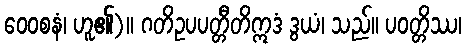
ဝေဝစနံ၊ ဟူ၏)။ ဂတိဥပပတ္တီတိဣဒံ ဒွယံ၊ သည်။ ပဝတ္တိဿ၊